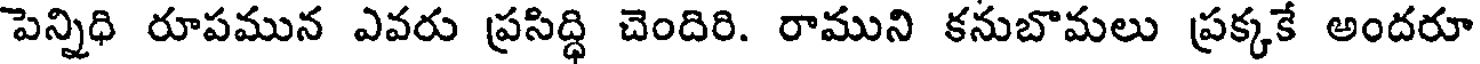
పెన్నిధి రూపమున ఎవరు ప్రసిద్ధి చెందిరి. రాముని కనుబొమలు ప్రక్కకే అందరూ